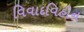
વિવાદવિહીન